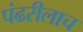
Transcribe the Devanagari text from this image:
पंढरीलाच